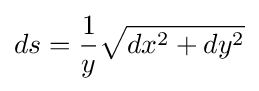
ds={\frac {1}{y}}{\sqrt {dx^{2}+dy^{2}}}